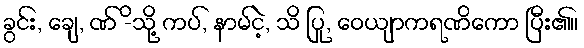
ခွင်း, ချေ, ဏ် -ိသို့ ကပ်, နာမ်ငဲ့, သိ ပြု, ဝေယျာကရဏိကော ပြီး၏။